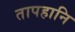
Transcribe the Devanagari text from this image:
तापहानि